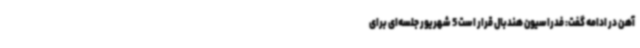
آهن در ادامه گفت: فدراسیون هندبال قرار است 5 شهریور جلسه‌ای برای